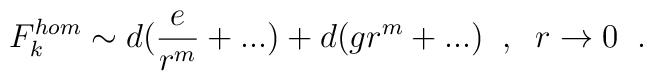
F^{hom}_{k}\sim d(\frac{e}{r^{m}}+...)+d(gr^{m}+...) \;\;,  \;\;r\rightarrow 0  \;\;.